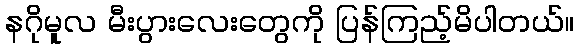
နဂိုမူလ မီးပွားလေးတွေကို ပြန်ကြည့်မိပါတယ်။